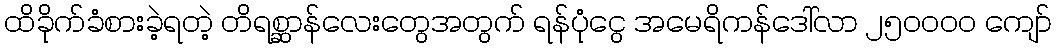
ထိခိုက်ခံစားခဲ့ရတဲ့ တိရစ္ဆာန်လေးတွေအတွက် ရန်ပုံငွေ အမေရိကန်ဒေါ်လာ ၂၅၀၀၀၀ ကျော်